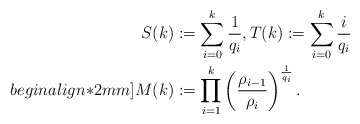
\begin{align*}S(k)&:=\sum_{i=0}^k\frac{1}{q_i},T(k):=\sum_{i=0}^k\frac{i}{q_{i}} \\begin{align*}2mm]M(k)&:=\prod_{i=1}^k \left(\frac{\rho_{i-1}}{\rho_i}\right)^{\frac{1}{q_i}}.\end{align*}